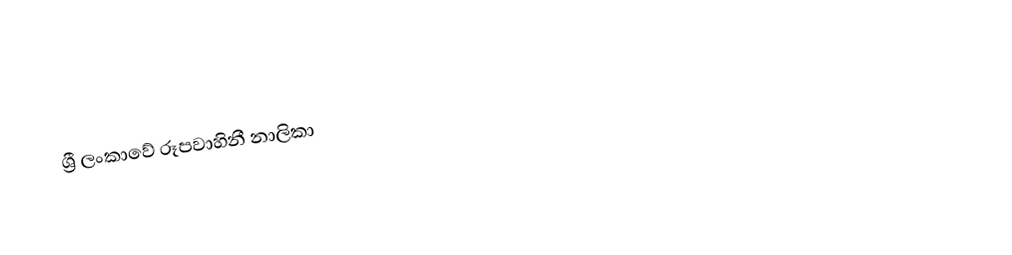
ශ්‍රී ලංකාවේ රූපවාහිනී නාලිකා